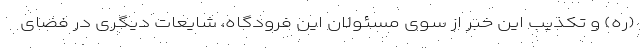
(ره) و تکذیب این خبر از سوی مسئولان این فرودگاه، شایعات دیگری در فضای